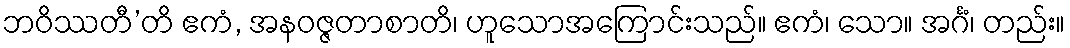
ဘဝိဿတီ’တိ ဧကံ, အနဝဇ္ဇတာစာတိ၊ ဟူသောအကြောင်းသည်။ ဧကံ၊ သော။ အင်္ဂံ၊ တည်း။